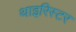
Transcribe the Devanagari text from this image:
थाइरिस्टर